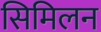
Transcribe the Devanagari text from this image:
सिमिलन